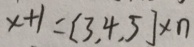
x + 1 = [ 3 , 4 , 5 ] \times n